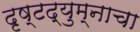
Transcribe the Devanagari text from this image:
दृष्टद्युम्नाचा